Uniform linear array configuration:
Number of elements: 64
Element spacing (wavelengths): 0.25
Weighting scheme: hann
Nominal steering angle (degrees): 45
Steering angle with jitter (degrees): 43.548
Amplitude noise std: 0.05
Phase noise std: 0.05

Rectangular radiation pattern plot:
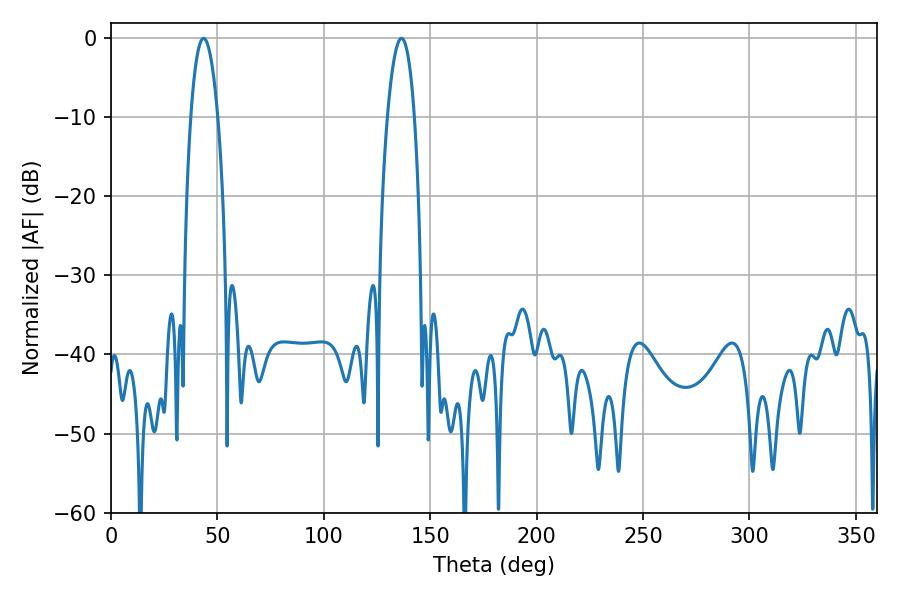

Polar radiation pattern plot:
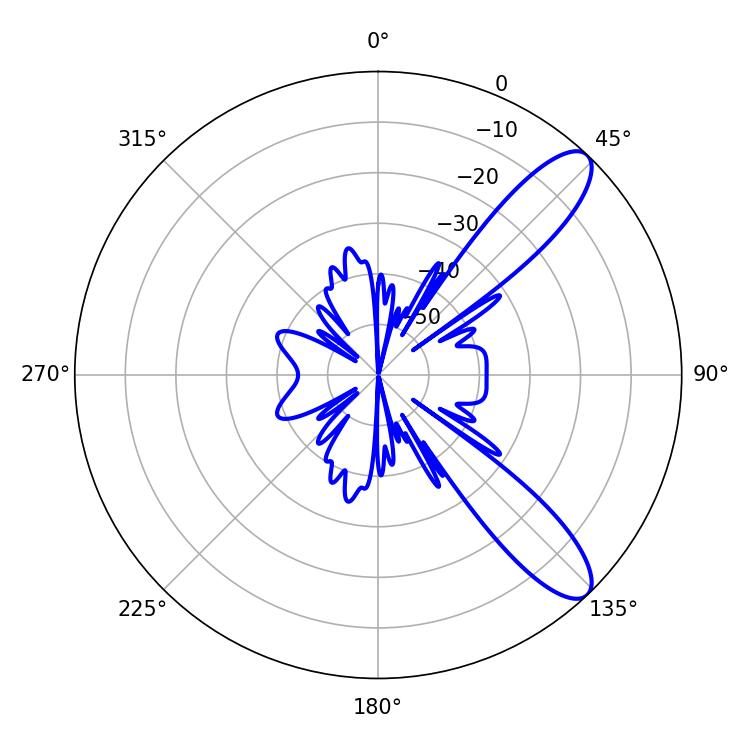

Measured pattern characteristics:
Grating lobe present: FALSE
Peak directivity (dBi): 10.409
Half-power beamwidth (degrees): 7.02
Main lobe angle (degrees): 43.56